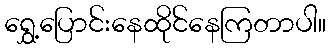
ရွှေ့ပြောင်းနေထိုင်နေကြတာပါ။